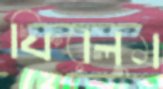
ফিরলুম